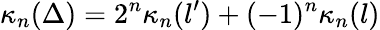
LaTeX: \kappa_{n}(\Delta)=2^{n}\kappa_{n}(l^{\prime})+(-1)^{n}\kappa_{n}(l)